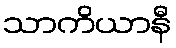
သာကိယာနီ